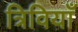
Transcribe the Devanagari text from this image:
त्रिवियाँ